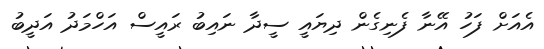
އެއަށް ފަހު އޭނާ ފެނިގެން ދިޔައީ ސީދާ ނައިބު ރައީސް އަހްމަދު އަދީބު